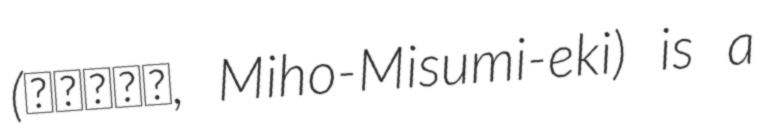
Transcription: (三保三隅駅, Miho-Misumi-eki) is a